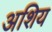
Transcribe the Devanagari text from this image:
अशिय